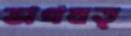
ভাগবত্